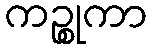
ကဉ္စုကာ